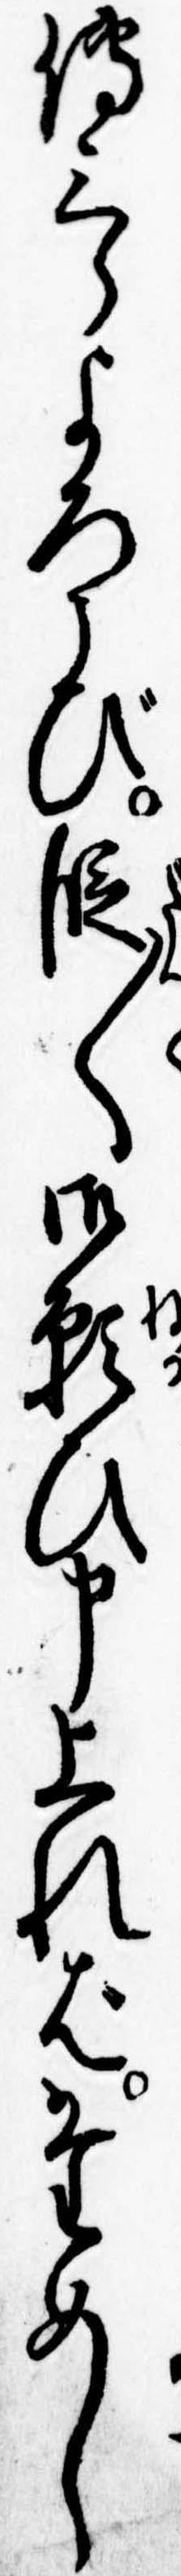
伝三郎よろこび段〱御願ひ申上ればためし